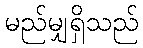
မည်မျှရှိသည်